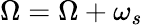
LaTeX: \Omega=\Omega+\omega_{s}